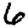
Digit: 6